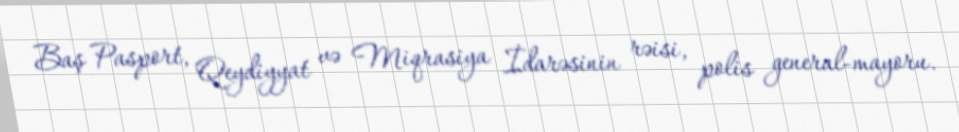
Baş Pasport, Qeydiyyat və Miqrasiya İdarəsinin rəisi, polis general-mayoru.